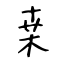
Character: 桒